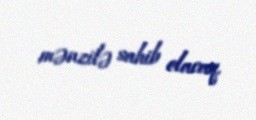
mənzilə sahib olacaq.